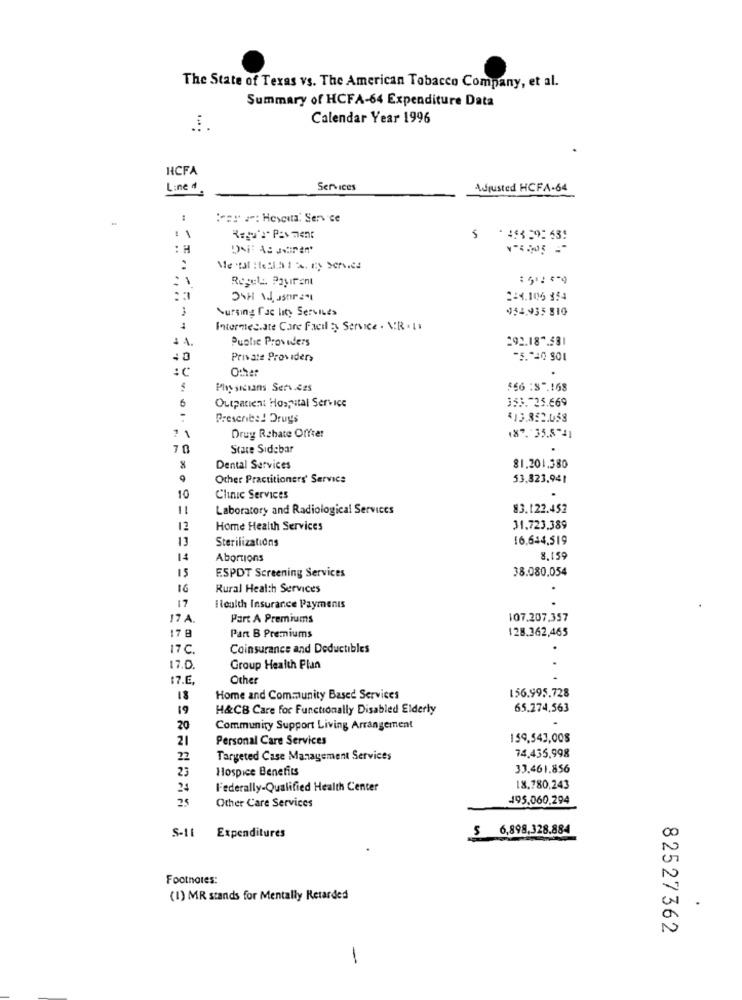
The State of Texas vs. The American Tobacco Company, et al.
Summary of HCFA-64 Expenditure Data
Calendar Year 1996
....
HCFA
Line #
Services
Adjusted HCFA-64
:== =: Hesita. Service
:1
: H
Regels. Payırent
2=3.106 354
Surging fac lity Services
454.935 810
Intermediate Care Facil : Service . NR . 11
Puatic Providers
292.187.581
Private Providers
75.740 801
:C
Physicians Services
$66 :3".168
6
153.725.669
Outpatient Hospital Service
Prescribe! Drugs
413.852.058
7 1
Drug Rahate Offrer
(87. 35.5"4)
70
Stare Sidebar
Dental Services
81.201.380
Other Practitioners' Service
53,823,941
10
Clinic Services
11
Laboratory and Radiological Services
83.122.452
12
Home Health Services
31,723.389
13
Sterilizations
16.644,519
14
Abortions
8,159
15
F.SPDT Screening Services
38.080,054
16
Rural Health Services
17
Health Insurance Payments
17 A
Part A Premiums
107.207.357
7 8
128.362,465
Part B Premiums
17 C.
Coinsurance and Deductibles
17.0.
Group Health Plan
17.E.
Other
18
Home and Community Based Services
156.995.728
19
H&CB Care for Functionally Disabled Elderly
65.274,563
20
Community Support Living Arrangement
21
Personal Care Services
159,543,008
22
Targeted Case Management Services
74.435,998
23
Hospice Benefits
33.461.856
Federally-Qualified Health Center
18.780,243
495.060,294
Other Care Services
S-11
$ 6,898,328.884
00
Expenditures
Footnotes:
(1) MR stands for Mentally Retarded
2
82527362
-